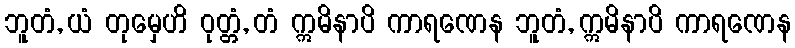
ဘူတံ, ယံ တုမှေဟိ ဝုတ္တံ, တံ ဣမိနာပိ ကာရဏေန ဘူတံ, ဣမိနာပိ ကာရဏေန